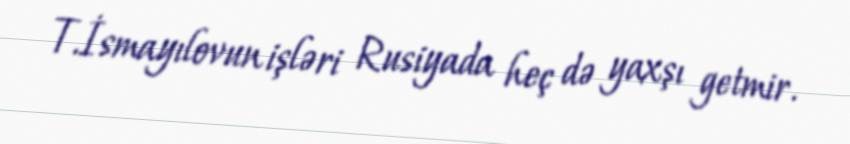
T.İsmayılovun işləri Rusiyada heç də yaxşı getmir.